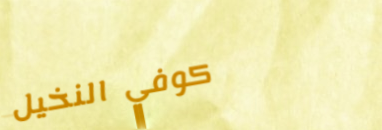
كوفي النخيل